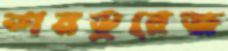
ভারডুরেজ